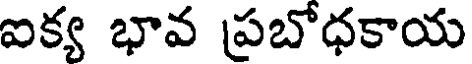
ఐక్య భావ ప్రబోధకాయ